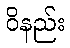
ဝိနည်း